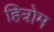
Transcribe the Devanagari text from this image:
हित्रोम